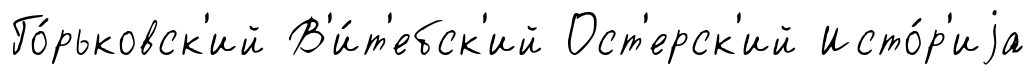
Го́рьковск'ий В'и́т'ебск'ий Ост'ерск'ий Исто́р'иjа